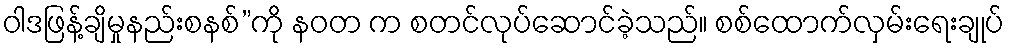
ဝါဒဖြန့်ချိမှုနည်းစနစ်”ကို နဝတ က စတင်လုပ်ဆောင်ခဲ့သည်။ စစ်ထောက်လှမ်းရေးချုပ်